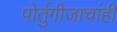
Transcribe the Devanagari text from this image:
पोर्तुगीजाचांही